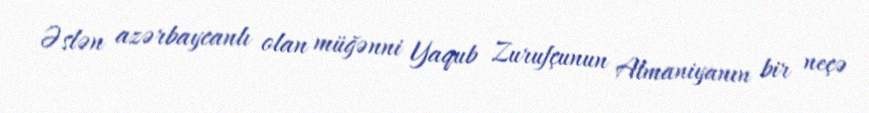
Əslən azərbaycanlı olan müğənni Yaqub Zurufçunun Almaniyanın bir neçə